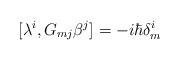
LaTeX: \begin{align*}[\lambda ^i, G_{mj}\beta ^j ] = -i\hbar \delta ^i_m \end{align*}